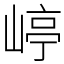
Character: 嵉